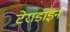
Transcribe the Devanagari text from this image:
टेराडाइन